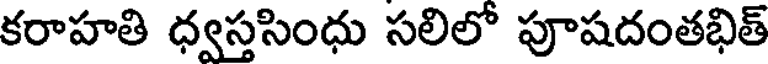
కరాహతి ధ్వస్తసింధు సలిలో పూషదంతభిత్